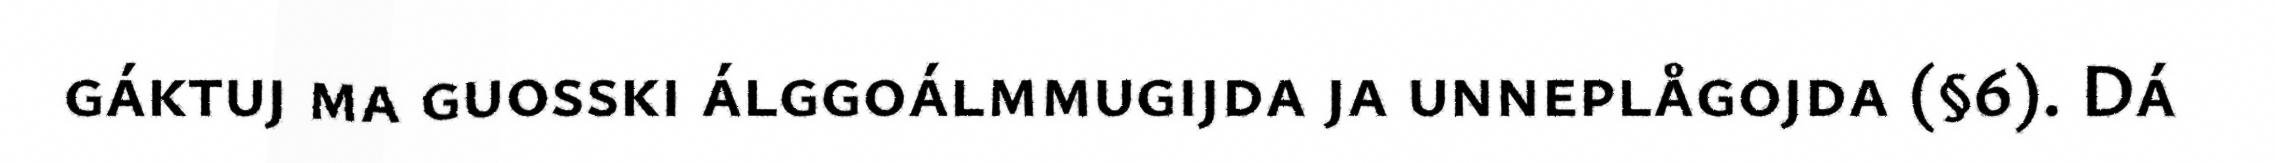
gáktuj ma guosski álggoálmmugijda ja unneplågojda (§6). Dá